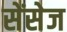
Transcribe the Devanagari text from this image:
सेंसेज